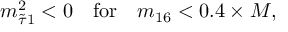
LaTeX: m _ { \tilde { \tau } 1 } ^ { 2 } < 0 \quad \mathrm { f o r } \quad m _ { 1 6 } < 0 . 4 \times M ,